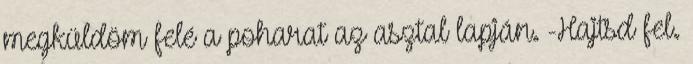
megküldöm felé a poharat az asztal lapján. -Hajtsd fel.